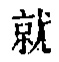
就